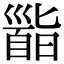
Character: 𩠜